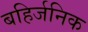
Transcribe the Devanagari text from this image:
बहिर्जनिक